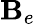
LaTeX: \mathbf{B}_{e}